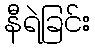
နီရဲခြင်း